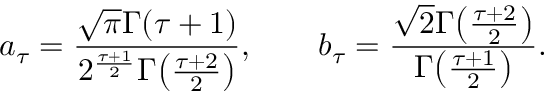
a _ { \tau } = { \frac { \sqrt { \pi } \Gamma ( \tau + 1 ) } { 2 ^ { \frac { \tau + 1 } { 2 } } \Gamma \! \left( { \frac { \tau + 2 } { 2 } } \right) } } , \qquad b _ { \tau } = { \frac { \sqrt { 2 } \Gamma \! \left( { \frac { \tau + 2 } { 2 } } \right) } { \Gamma \! \left( { \frac { \tau + 1 } { 2 } } \right) } } .